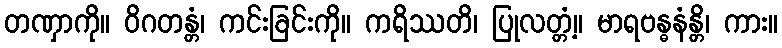
တဏှာကို။ ဝိဂတန္တံ၊ ကင်းခြင်းကို။ ကရိဿတိ၊ ပြုလတ္တံ့။ မာရဗန္ဓနံန္တိ၊ ကား။